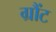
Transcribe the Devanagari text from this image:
ग्रौंट